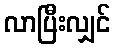
လာပြီးလျှင်